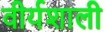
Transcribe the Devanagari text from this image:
वीर्यशाली